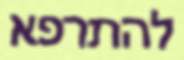
להתרפא